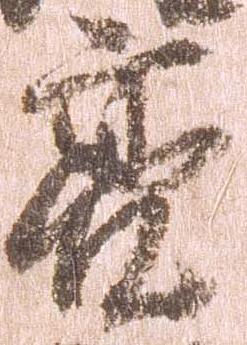
亮